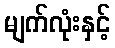
မျက်လုံးနှင့်